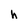
Character: h